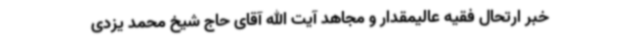
خبر ارتحال فقیه عالیمقدار و مجاهد آیت الله آقای حاج شیخ محمد یزدی